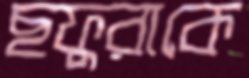
ছফুরাকে